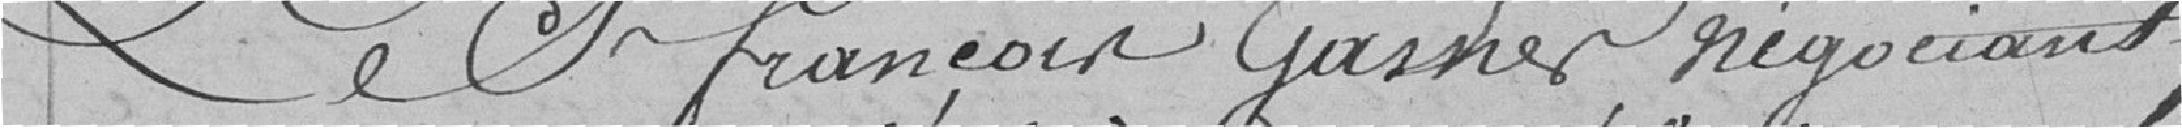
Le sieur François Gasner, négociant,